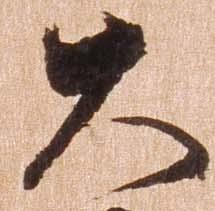
大